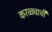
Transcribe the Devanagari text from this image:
करळ्याची